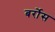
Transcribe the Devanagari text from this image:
बर्रोस